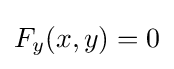
F_{y}(x,y)=0